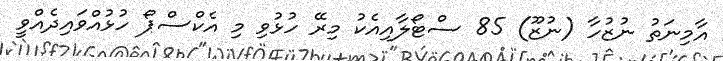
އާމިނަތު ނުޒުހާ (ނުޒޫ) 85 ސްޓޯލާއިއެކު މިރޭ ހުޅުވި މި އެކްސްޕޯ ހުޅުއްވައިދެއްވީ